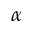
\alpha